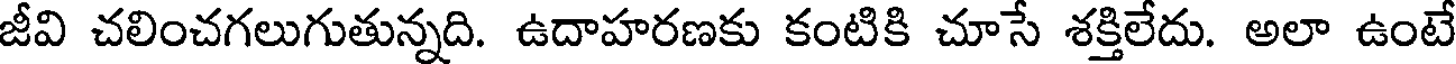
జీవి చలించగలుగుతున్నది. ఉదాహరణకు కంటికి చూసే శక్తిలేదు. అలా ఉంటే